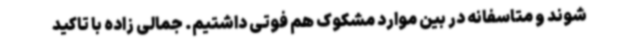
شوند و متاسفانه در بین موارد مشکوک هم فوتی داشتیم. جمالی زاده با تاکید